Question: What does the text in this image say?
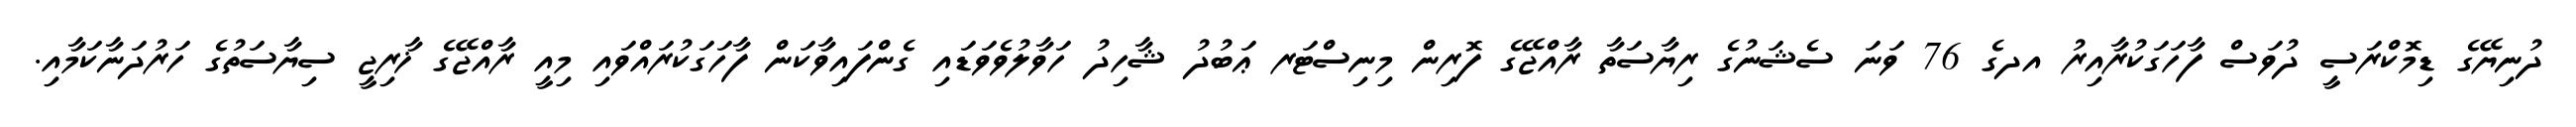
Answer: ދުނިޔޭގެ ޑިމޮކްރަސީ ދުވަސް ފާހަގަކުރާއިރު އދގެ 76 ވަނަ ސެޝަނުގެ ރިޔާސަތާ ރާއްޖޭގެ ފޮރިން މިނިސްޓަރ ޢަބުދު ޝާހިދު ހަވާލުވެވަޑައި ގެންފައިވާކަން ފާހަގަކުރައްވައި މިއީ ރާއްޖޭގެ ޚާރިޖީ ސިޔާސަތުގެ ހަރުދަނާކަމާއި.